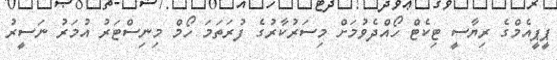
ޕީޕީއެމްގެ ރިޔާސީ ޓިކެޓް ހޯއްދެވުމަށް މިސަރުކާރުގެ ފުރަތަމަ ހޯމް މިނިސްޓަރު އުމަރު ނަސީރު